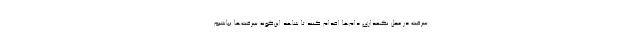
سرقت در محل نگهداری دام‌ها اقدام کنند تا شاهد این‌گونه سرقت‌ها نباشیم.